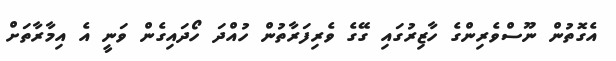
އެގޮތުން ނޫސްވެރިންގެ ހާޒިރުގައި ގޭގެ ވެރިފަރާތުން ހުއްދަ ހޯދައިގެން ވަނީ އެ އިމާރާތަށް